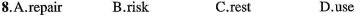
8.A.Repair B.Risk C.Rest D.Use